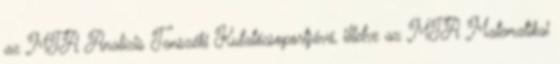
az MTA Analízis Tanszéki Kutatócsoportjává, illetve az MTA Matematikai